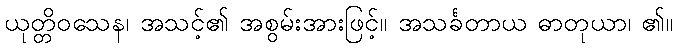
ယုတ္တိဝသေန၊ အသင့်၏ အစွမ်းအားဖြင့်။ အသင်္ခတာယ ဓာတုယာ၊ ၏။